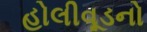
હોલીવૂડનો